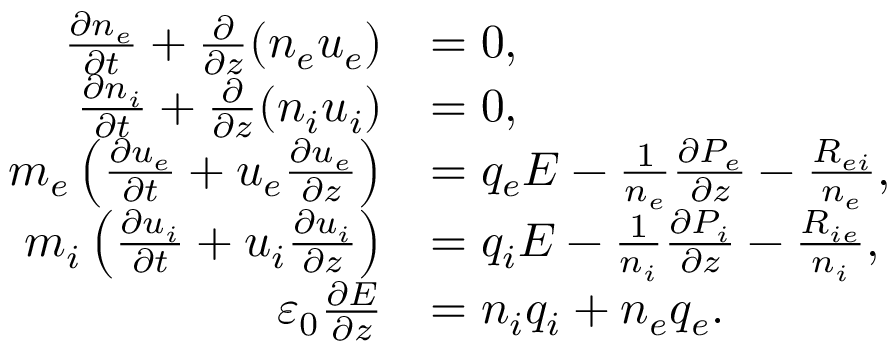
\begin{array} { r l } { \frac { \partial n _ { e } } { \partial t } + \frac { \partial } { \partial z } ( n _ { e } u _ { e } ) } & { = 0 , } \\ { \frac { \partial n _ { i } } { \partial t } + \frac { \partial } { \partial z } ( n _ { i } u _ { i } ) } & { = 0 , } \\ { m _ { e } \left( \frac { \partial u _ { e } } { \partial t } + u _ { e } \frac { \partial u _ { e } } { \partial z } \right) } & { = q _ { e } E - \frac { 1 } { n _ { e } } \frac { \partial P _ { e } } { \partial z } - \frac { R _ { e i } } { n _ { e } } , } \\ { m _ { i } \left( \frac { \partial u _ { i } } { \partial t } + u _ { i } \frac { \partial u _ { i } } { \partial z } \right) } & { = q _ { i } E - \frac { 1 } { n _ { i } } \frac { \partial P _ { i } } { \partial z } - \frac { R _ { i e } } { n _ { i } } , } \\ { \varepsilon _ { 0 } \frac { \partial E } { \partial z } } & { = n _ { i } q _ { i } + n _ { e } q _ { e } . } \end{array}